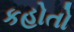
કહોતો